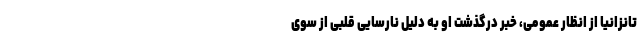
تانزانیا از انظار عمومی، خبر درگذشت او به دلیل نارسایی قلبی از سوی